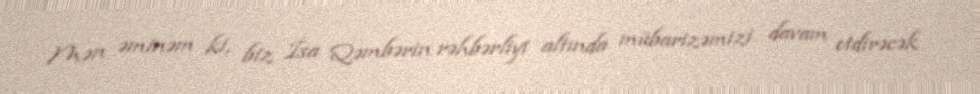
Mən əminəm ki, biz İsa Qəmbərin rəhbərliyi altında mübarizəmizi davam etdirəcək